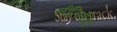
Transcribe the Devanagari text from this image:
नीतितदिह